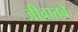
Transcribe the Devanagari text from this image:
जीवातवे